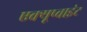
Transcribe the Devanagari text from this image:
एक्यूप्वाइंट